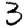
Digit: 3